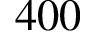
4 0 0